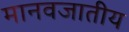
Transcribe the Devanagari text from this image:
मानवजातीय